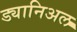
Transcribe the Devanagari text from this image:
ड्यानिअल